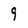
Character: 9